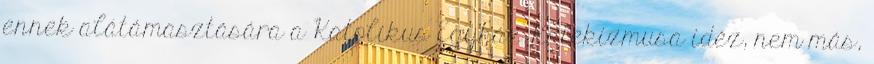
ennek alátámasztására a Katolikus Egyház Katekizmusa idéz, nem más,